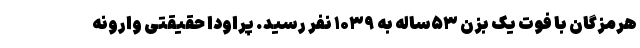
هرمزگان با فوت یک بزن ۵۳ساله به ۱۰۳۹ نفر رسید. پراودا حقیقتی وارونه